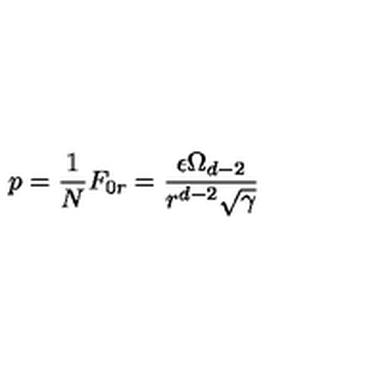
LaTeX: p = \frac { 1 } { N } F _ { 0 r } = \frac { \epsilon \Omega _ { d - 2 } } { r ^ { d - 2 } \sqrt { \gamma } }